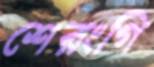
শেরংগি